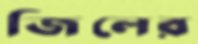
জিলের